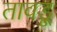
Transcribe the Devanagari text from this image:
तावड़ू